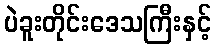
ပဲခူးတိုင်းဒေသကြီးနှင့်